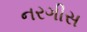
નરગીસ